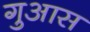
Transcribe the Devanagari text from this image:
गुआस